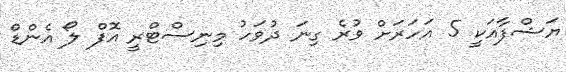
ޔަޝްފާއަކީ 5 އަހަރަށް ވުރެ ގިނަ ދުވަހު މިނިސްޓްރީ އޮފް ލޯ އެންޑް